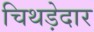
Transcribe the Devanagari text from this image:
चिथड़ेदार